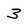
Character: 3